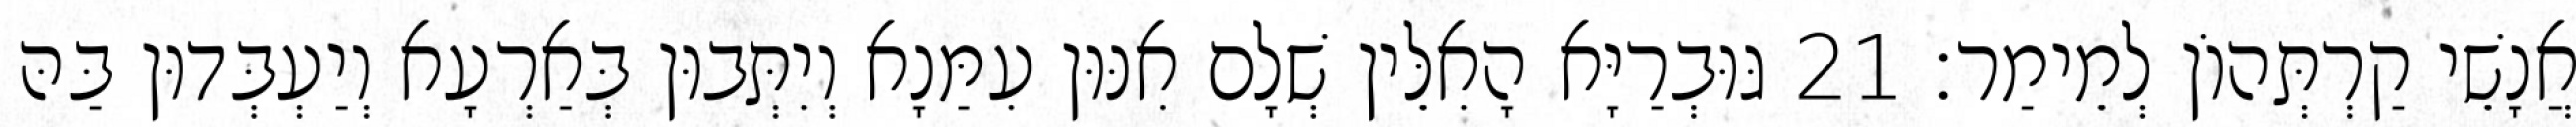
אֲנָשֵׁי קַרְתְּהוֹן לְמֵימַר׃ 21 גּוּבְרַיָּא הָאִלֵּין שְׁלָם אִנּוּן עִמַּנָא וְיִתְּבוּן בְּאַרְעָא וְיַעְבְּדוּן בַּהּ